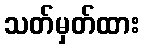
သတ်မှတ်ထား